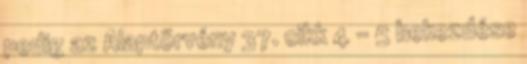
pedig az Alaptörvény 37. cikk 4 – 5 bekezdése